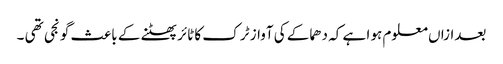
بعدازاں معلوم ہو ا ہے کہ دھماکے کی آواز ٹر ک کا ٹائر پھٹنے کے باعث گو نجی تھی ۔